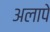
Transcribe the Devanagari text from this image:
अलापे